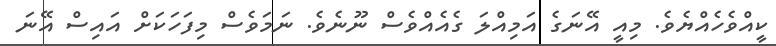
ކީއްވެހެއްޔެވެ. މިއީ އޭނަގެ އަމިއްލަ ގެއެއްވެސް ނޫނެވެ. ނަމަވެސް މިފަހަކަށް އައިސް އޭނަ